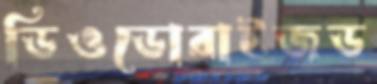
ডিওডোরাইজড